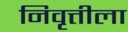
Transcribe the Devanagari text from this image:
निवृत्तीला